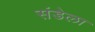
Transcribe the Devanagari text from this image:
संडेला